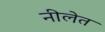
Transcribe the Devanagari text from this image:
नीलेत